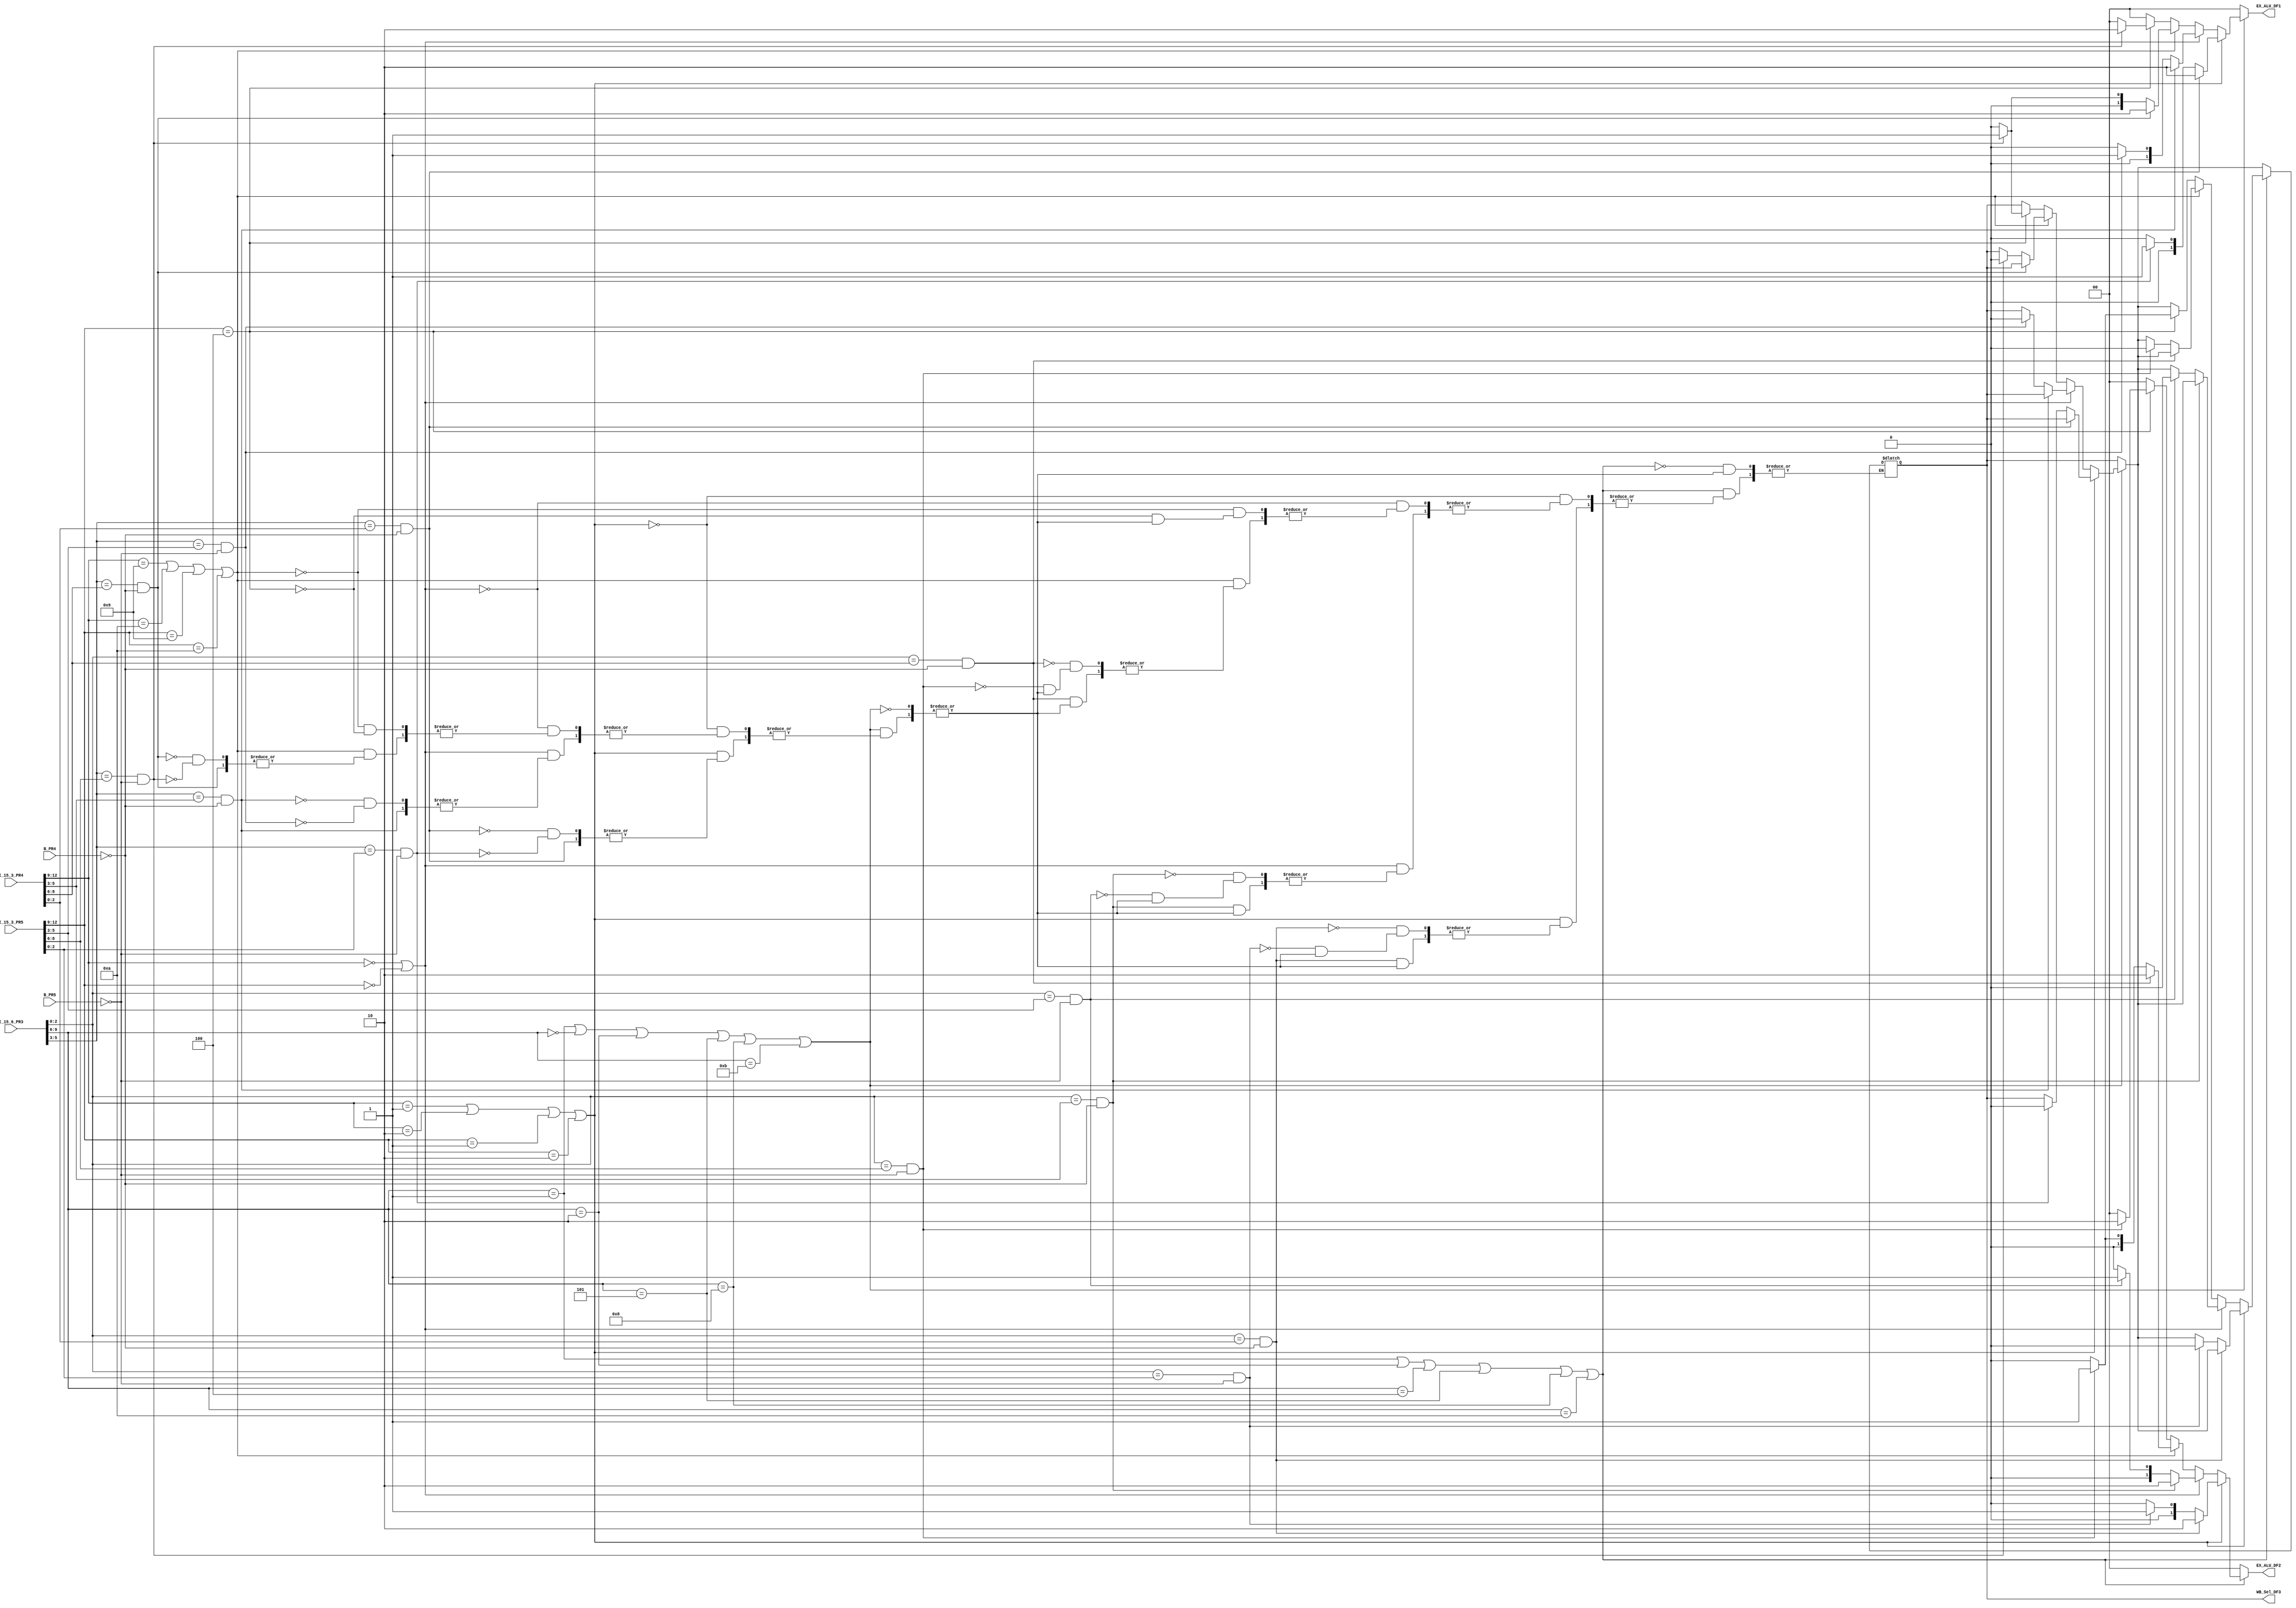
module Data_Forwarding_Unit (I_15_6_PR3, 
									  I_15_3_PR4, I_15_3_PR5,
									  
									  B_PR4, B_PR5,
									  
								     EX_ALU_DF1, EX_ALU_DF2, WB_Sel_DF3);

//-------------------------------------------------- I/O Ports
									  
input  [9:0]  I_15_6_PR3;
input  [12:0] I_15_3_PR4, I_15_3_PR5;

input         B_PR4, B_PR5;

output reg [1:0] EX_ALU_DF1, EX_ALU_DF2;
output reg       WB_Sel_DF3;

//-------------------------------------------------- Combinational Logic

always @(*)
begin

//--------------------------------------------------	Updating 1st Operand

if ((I_15_6_PR3[9:6] == 4'b0001)||(I_15_6_PR3[9:6] == 4'b0000)||(I_15_6_PR3[9:6] == 4'b0010)||(I_15_6_PR3[9:6] == 4'b0101)||(I_15_6_PR3[9:6] == 4'b1000)||(I_15_6_PR3[9:6] == 4'b1011))
		begin
			if ((I_15_3_PR4[12:9] == 4'b0001)||(I_15_3_PR4[12:9] == 4'b0010)||(I_15_3_PR5[12:9] == 4'b0001)||(I_15_3_PR5[12:9] == 4'b0010))
				begin
					if ((I_15_6_PR3[5:3] == I_15_3_PR4[2:0])&&(B_PR4 == 1'b0))
						EX_ALU_DF1 <= 2'b10;
					else if ((I_15_6_PR3[5:3] == I_15_3_PR5[2:0])&&(B_PR5 == 1'b0))
						begin
							EX_ALU_DF1 <= 2'b01;
							WB_Sel_DF3 <= 1'b0;
						end
					else
						EX_ALU_DF1 <= 2'b00;
				end
			else if ((I_15_3_PR4[12:9] == 4'b0000)||(I_15_3_PR5[12:9] == 4'b0000))
				begin
					if ((I_15_6_PR3[5:3] == I_15_3_PR4[5:3])&&(B_PR4 == 1'b0))
						EX_ALU_DF1 <= 2'b10;
					else if ((I_15_6_PR3[5:3] == I_15_3_PR5[5:3])&&(B_PR5 == 1'b0))
						begin
							EX_ALU_DF1 <= 2'b01;
							WB_Sel_DF3 <= 1'b0;
						end
					else
						EX_ALU_DF1 <= 2'b00;
				end
			else if ((I_15_3_PR4[12:9] == 4'b1001)||(I_15_3_PR4[12:9] == 4'b1010)||(I_15_3_PR5[12:9] == 4'b1001)||(I_15_3_PR5[12:9] == 4'b1010))
				begin
					if ((I_15_6_PR3[5:3] == I_15_3_PR4[8:6])&&(B_PR4 == 1'b0))
						EX_ALU_DF1 <= 2'b10;
					else if ((I_15_6_PR3[5:3] == I_15_3_PR5[8:6])&&(B_PR5 == 1'b0))
						begin
							EX_ALU_DF1 <= 2'b01;
							WB_Sel_DF3 <= 1'b0;
						end
					else
						EX_ALU_DF1 <= 2'b00;
				end
			else if ((I_15_3_PR5[12:9] == 4'b0100))
				begin
					if ((I_15_6_PR3[5:3] == I_15_3_PR5[8:6])&&(B_PR5 == 1'b0))
						begin
							EX_ALU_DF1 <= 2'b10;
							WB_Sel_DF3 <= 1'b1;
						end
					else
						begin
							EX_ALU_DF1 <= 2'b00;
							WB_Sel_DF3 <= 1'b0;
						end
				end
			else
				begin
					EX_ALU_DF1 <= 2'b00;
				end
		end
	else
		EX_ALU_DF1 <= 2'b00;

//--------------------------------------------------	Updating 2nd Operand

	if ((I_15_6_PR3[9:6] == 4'b0001)||(I_15_6_PR3[9:6] == 4'b0010)||(I_15_6_PR3[9:6] == 4'b0100)||(I_15_6_PR3[9:6] == 4'b0101)||(I_15_6_PR3[9:6] == 4'b1000)||(I_15_6_PR3[9:6] == 4'b1010))
		begin
			if ((I_15_3_PR4[12:9] == 4'b0001)||(I_15_3_PR4[12:9] == 4'b0010)||(I_15_3_PR5[12:9] == 4'b0001)||(I_15_3_PR5[12:9] == 4'b0010))
				begin
					if ((I_15_6_PR3[2:0] == I_15_3_PR4[2:0])&&(B_PR4 == 1'b0))
						EX_ALU_DF2 <= 2'b10;
					else if ((I_15_6_PR3[2:0] == I_15_3_PR5[2:0])&&(B_PR5 == 1'b0))
						begin
							EX_ALU_DF2 <= 2'b01;
							WB_Sel_DF3 <= 1'b0;
						end
					else
						EX_ALU_DF2 <= 2'b00;
				end
			else if ((I_15_3_PR4[12:9] == 4'b0000)||(I_15_3_PR5[12:9] == 4'b0000))
				begin
					if ((I_15_6_PR3[2:0] == I_15_3_PR4[5:3])&&(B_PR4 == 1'b0))
						EX_ALU_DF2 <= 2'b10;
					else if ((I_15_6_PR3[2:0] == I_15_3_PR5[5:3])&&(B_PR5 == 1'b0))
						begin
							EX_ALU_DF2 <= 2'b01;
							WB_Sel_DF3 <= 1'b0;
						end
					else
						EX_ALU_DF2 <= 2'b00;
				end
			else if ((I_15_3_PR4[12:9] == 4'b1001)||(I_15_3_PR4[12:9] == 4'b1010)||(I_15_3_PR5[12:9] == 4'b1001)||(I_15_3_PR5[12:9] == 4'b1010))
				begin
					if ((I_15_6_PR3[2:0] == I_15_3_PR4[8:6])&&(B_PR4 == 1'b0))
						EX_ALU_DF2 <= 2'b10;
					else if ((I_15_6_PR3[2:0] == I_15_3_PR5[8:6])&&(B_PR5 == 1'b0))
						begin
							EX_ALU_DF2 <= 2'b01;
							WB_Sel_DF3 <= 1'b0;
						end
					else
						EX_ALU_DF2 <= 2'b00;
				end
			else if ((I_15_3_PR5[12:9] == 4'b0100))
				begin
					if ((I_15_6_PR3[2:0] == I_15_3_PR5[8:6])&&(B_PR5 == 1'b0))
						begin
							EX_ALU_DF2 <= 2'b10;
							WB_Sel_DF3 <= 1'b1;
						end
					else
						begin
							EX_ALU_DF2 <= 2'b00;
							WB_Sel_DF3 <= 1'b0;
						end
				end
			else
				begin
					EX_ALU_DF2 <= 2'b00;
				end
		end
	else
		EX_ALU_DF2 <= 2'b00;
		
end

endmodule